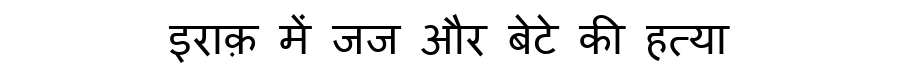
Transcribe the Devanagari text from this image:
इराक़ में जज और बेटे की हत्या